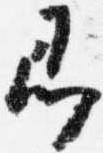
即